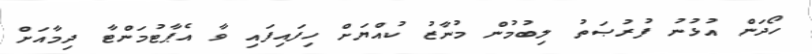
ހޯދަން އުޅުނު ފުރުޞަތު ލިބުމުން މުނާޒު ކުއްޔަށް ހިފައިފައި ވާ އެޕާޓުމަންޓާ ދިމާއަށް